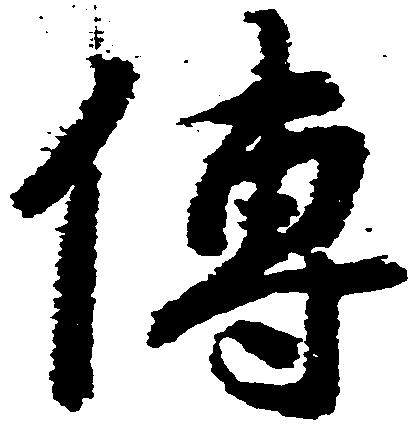
伝